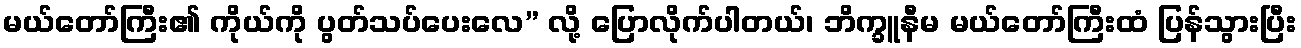
မယ်တော်ကြီး၏ ကိုယ်ကို ပွတ်သပ်ပေးလေ” လို့ ပြောလိုက်ပါတယ်၊ ဘိက္ခူနီမ မယ်တော်ကြီးထံ ပြန်သွားပြီး